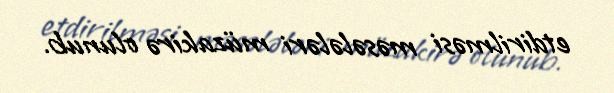
etdirilməsi məsələləri müzakirə olunub.